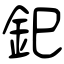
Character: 釲